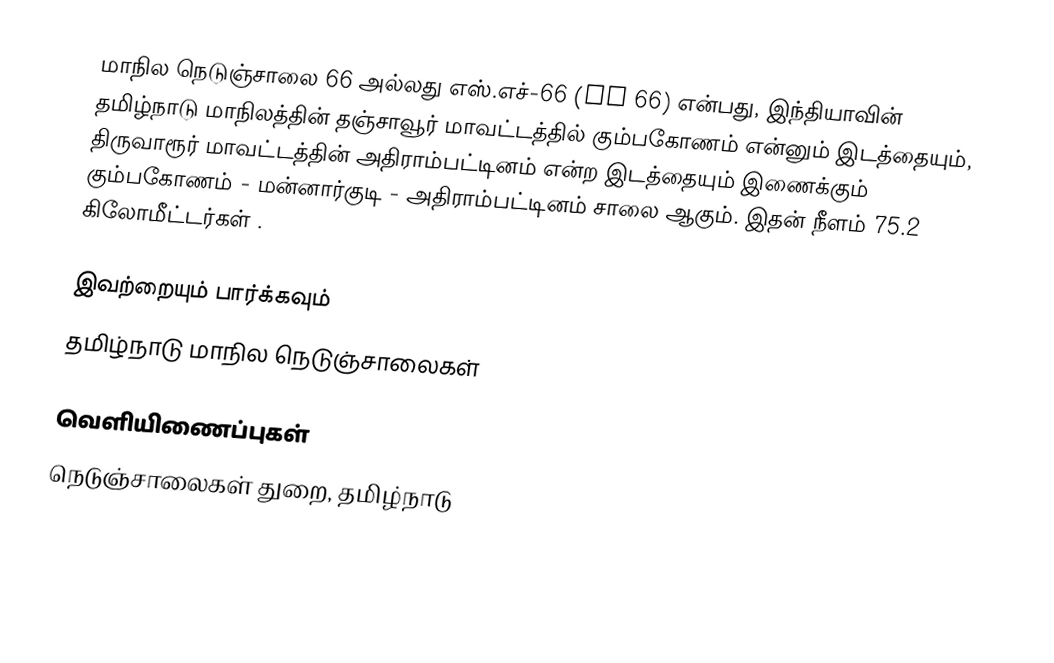
மாநில நெடுஞ்சாலை 66 அல்லது எஸ்.எச்-66 (SH 66) என்பது, இந்தியாவின் தமிழ்நாடு மாநிலத்தின் தஞ்சாவூர் மாவட்டத்தில் கும்பகோணம் என்னும் இடத்தையும், திருவாரூர் மாவட்டத்தின் அதிராம்பட்டினம் என்ற இடத்தையும் இணைக்கும் கும்பகோணம் - மன்னார்குடி - அதிராம்பட்டினம் சாலை ஆகும். இதன் நீளம் 75.2  கிலோமீட்டர்கள் .

இவற்றையும் பார்க்கவும்
 தமிழ்நாடு மாநில நெடுஞ்சாலைகள்

வெளியிணைப்புகள்
 நெடுஞ்சாலைகள் துறை, தமிழ்நாடு